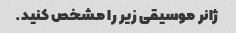
ژانر موسیقی زیر را مشخص کنید.